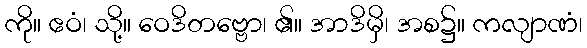
ကို။ ဧဝံ၊ သို့။ ဝေဒိတဗ္ဗော၊ ၏။ အာဒိမှိ၊ အစ၌။ ကလျာဏံ၊